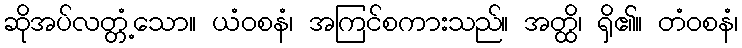
ဆိုအပ်လတ္တံ့သော။ ယံဝစနံ၊ အကြင်စကားသည်။ အတ္ထိ၊ ရှိ၏။ တံဝစနံ၊